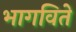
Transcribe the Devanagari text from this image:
भागविते